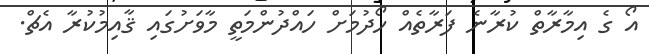
އޯ ގެ އިމާރާތް ކުރާނެ ފަރާތެއް ހޯދުމަށް ހައްދުންމަތީ މާވަށުގައި ޤާއިމުކުރާ އެޗް.